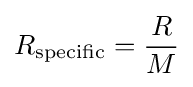
R_{\text{specific}}={\frac {R}{M}}